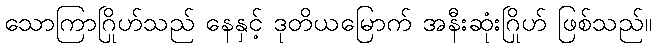
သောကြာဂြိုဟ်သည် နေနှင့် ဒုတိယမြောက် အနီးဆုံးဂြိုဟ် ဖြစ်သည်။